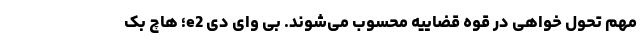
مهم تحول خواهی در قوه قضاییه محسوب می‌شوند. بی وای دی e2؛ هاچ بک